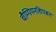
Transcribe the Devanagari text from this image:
चैम्पियनशिपबन